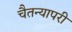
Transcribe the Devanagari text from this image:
चैतन्यापरी